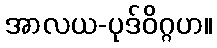
အာလယ-ပုဒ်ဝိဂ္ဂဟ။